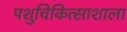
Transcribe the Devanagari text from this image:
पशुचिकित्साशाला